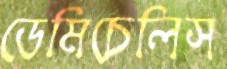
ডেমিচেলিস